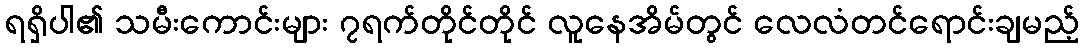
ရရှိပါ၏ သမီးကောင်းများ ၇ရက်တိုင်တိုင် လူနေအိမ်တွင် လေလံတင်ရောင်းချမည့်